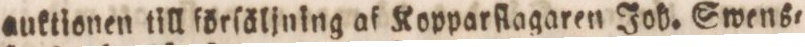
auktionen till förſäljning af Kopparſlagaren Joh. Swens=